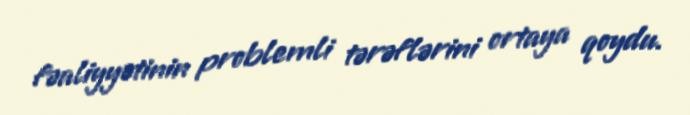
fəaliyyətinin problemli tərəflərini ortaya qoydu.